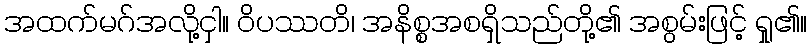
အထက်မဂ်အလို့ငှါ။ ဝိပဿတိ၊ အနိစ္စအစရှိသည်တို့၏ အစွမ်းဖြင့် ရှု၏။